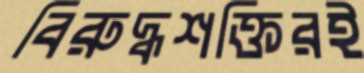
বিরুদ্ধশক্তিরই